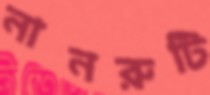
নানরুটি